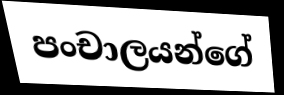
පංචාලයන්ගේ